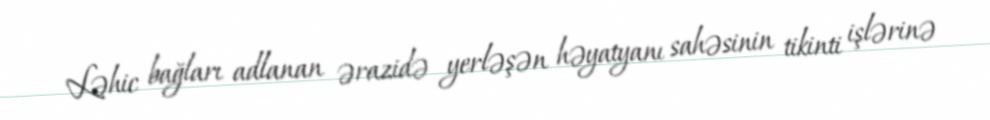
Ləhic bağları adlanan ərazidə yerləşən həyatyanı sahəsinin tikinti işlərinə